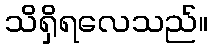
သိရှိရလေသည်။